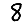
Digit: 8